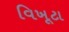
વિખૂટા